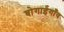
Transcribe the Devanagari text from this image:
बोगाईगाँव